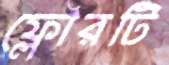
ফ্লোরটি